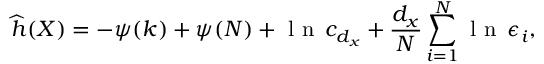
\widehat { h } ( X ) = - \psi ( k ) + \psi ( N ) + \mathrm { ~ l ~ n ~ } \, c _ { d _ { x } } + \frac { d _ { x } } { N } \sum _ { i = 1 } ^ { N } \mathrm { ~ l ~ n ~ } \, \epsilon _ { i } ,